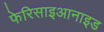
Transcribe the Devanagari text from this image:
फेरिसाइआनाइड